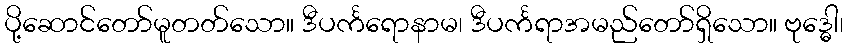
ပို့ဆောင်တော်မူတတ်သော။ ဒီပင်္ကရောနာမ၊ ဒီပင်္ကရာအမည်တော်ရှိသော။ ဗုဒ္ဓေါ၊